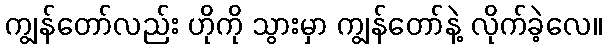
ကျွန်တော်လည်း ဟိုကို သွားမှာ ကျွန်တော်နဲ့ လိုက်ခဲ့လေ။